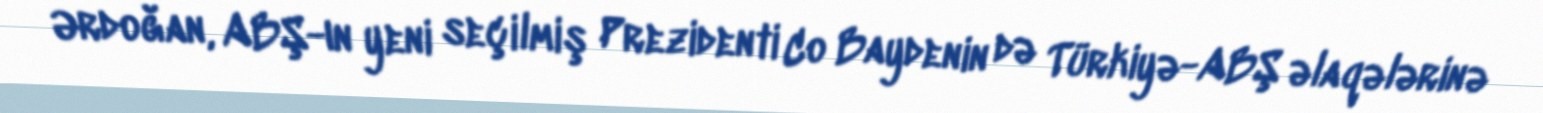
Ərdoğan, ABŞ-ın yeni seçilmiş Prezidenti Co Baydenin də Türkiyə-ABŞ əlaqələrinə